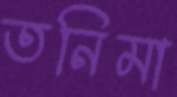
তনিমা